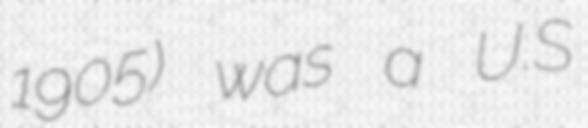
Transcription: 1905) was a U.S